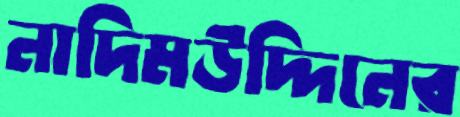
নাদিমউদ্দিনের